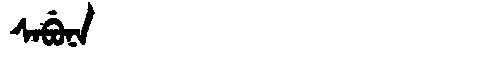
Manchu: ᠰᠠᠪᡠᠨᠠ
Romanization: SABUNA